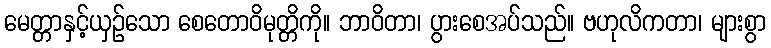
မေတ္တာနှင့်ယှဉ်သော စေတောဝိမုတ္တိကို။ ဘာဝိတာ၊ ပွားစေအပ်သည်။ ဗဟုလိကတာ၊ များစွာ